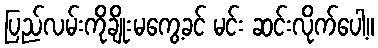
ပြည်လမ်းကိုချိုးမကွေ့ခင် မင်း ဆင်းလိုက်ပေါ့။